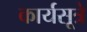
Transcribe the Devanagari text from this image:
कार्यसूत्रे